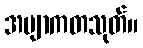
အဗျာကတသုတ်။